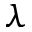
\lambda